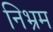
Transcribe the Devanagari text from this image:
निभ्रम